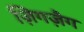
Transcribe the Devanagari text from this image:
ज़िगज़ैग